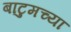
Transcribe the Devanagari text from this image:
बाटुमच्या